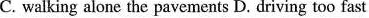
C. walking alone the pavements D. Driving too fast